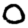
Digit: 0